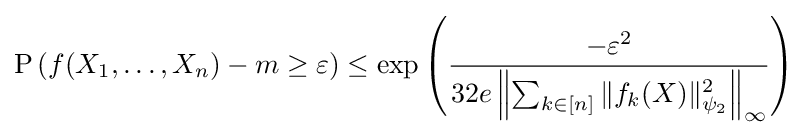
{\text{P}}\left(f(X_{1},\ldots ,X_{n})-m\geq \varepsilon \right)\leq \exp \left({\frac {-\varepsilon ^{2}}{32e\left\|\sum _{k\in [n]}\|f_{k}(X)\|_{\psi _{2}}^{2}\right\|_{\infty }}}\right)